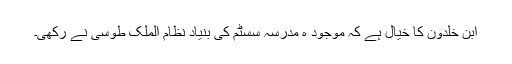
ابن خلدون کا خیال ہے کہ موجود ہ مدرسہ سسٹم کی بنیاد نظام الملک طوسی نے رکھی۔